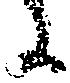
に